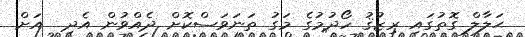
ޙަލާލް ގޮތުގައި ރިޒުޤު ހޯދުމުގެ މަގު ތަނަވަސްކޮށް ދެއްވުން އެދި  އަށް